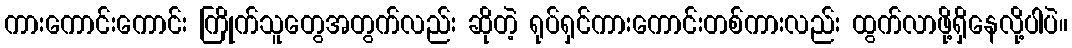
ကားကောင်းကောင်း ကြိုက်သူတွေအတွက်လည်း ဆိုတဲ့ ရုပ်ရှင်ကားကောင်းတစ်ကားလည်း ထွက်လာဖို့ရှိနေလို့ပါပဲ။